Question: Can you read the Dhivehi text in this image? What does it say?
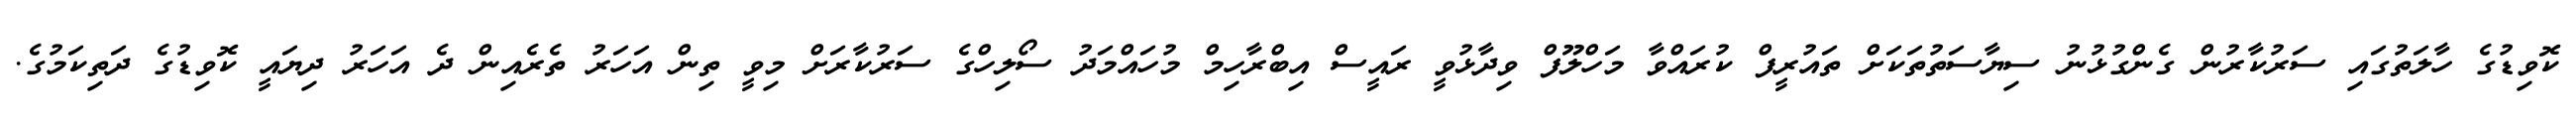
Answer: ކޮވިޑުގެ ހާލަތުގައި ސަރުކާރުން ގެންގުޅުނު ސިޔާސަތުތަކަށް ތައުރީފް ކުރައްވާ މަހްލޫފް ވިދާޅުވީ ރައީސް އިބްރާހިމް މުހައްމަދު ސޯލިހްގެ ސަރުކާރަށް މިވީ ތިން އަހަރު ތެރެއިން ދެ އަހަރު ދިޔައީ ކޮވިޑުގެ ދަތިކަމުގެ.